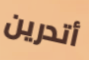
أتدرين